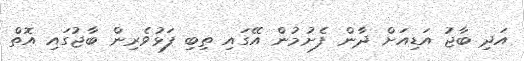
އަދި ބާޖު އަޑިއަށް ދާން ފެށުމުން އޭގައި ތިބި ފަޅުވެރިން ބާޖުގައި އޮތް